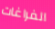
الفراغات